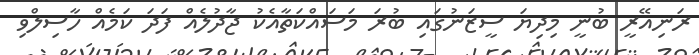
ރަނިއޭރީ ބުނީ މިދިޔަ ސީޒަނުގައި ބުރަ މަސައްކަތާއެކު ޖާދުލެއް ފަދަ ކަމެއް ހާސިލްވި